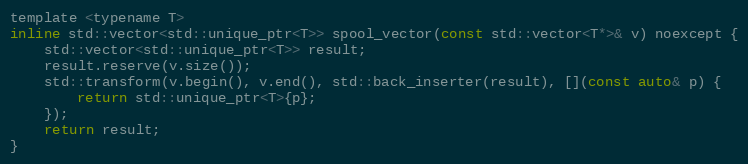
Language: C
template <typename T>
inline std::vector<std::unique_ptr<T>> spool_vector(const std::vector<T*>& v) noexcept {
    std::vector<std::unique_ptr<T>> result;
    result.reserve(v.size());
    std::transform(v.begin(), v.end(), std::back_inserter(result), [](const auto& p) {
        return std::unique_ptr<T>{p};
    });
    return result;
}